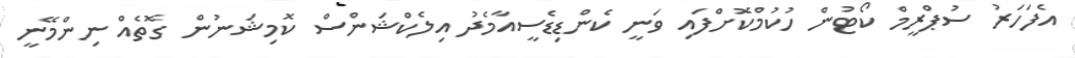
އެފަހަރު ސުޕްރީމް ކޯޓުން ހުކުމްކޮށްފައި ވަނީ ކެންޑިޑެސީއާމެދު އިލެކްޝަންސް ކޮމިޝަނުން ގޮތެއް ނިންމޭނީ